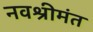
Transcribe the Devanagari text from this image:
नवश्रीमंत